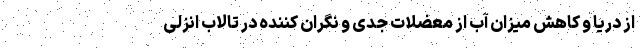
از دریا و کاهش میزان آب از معضلات جدی و نگران کننده در تالاب انزلی